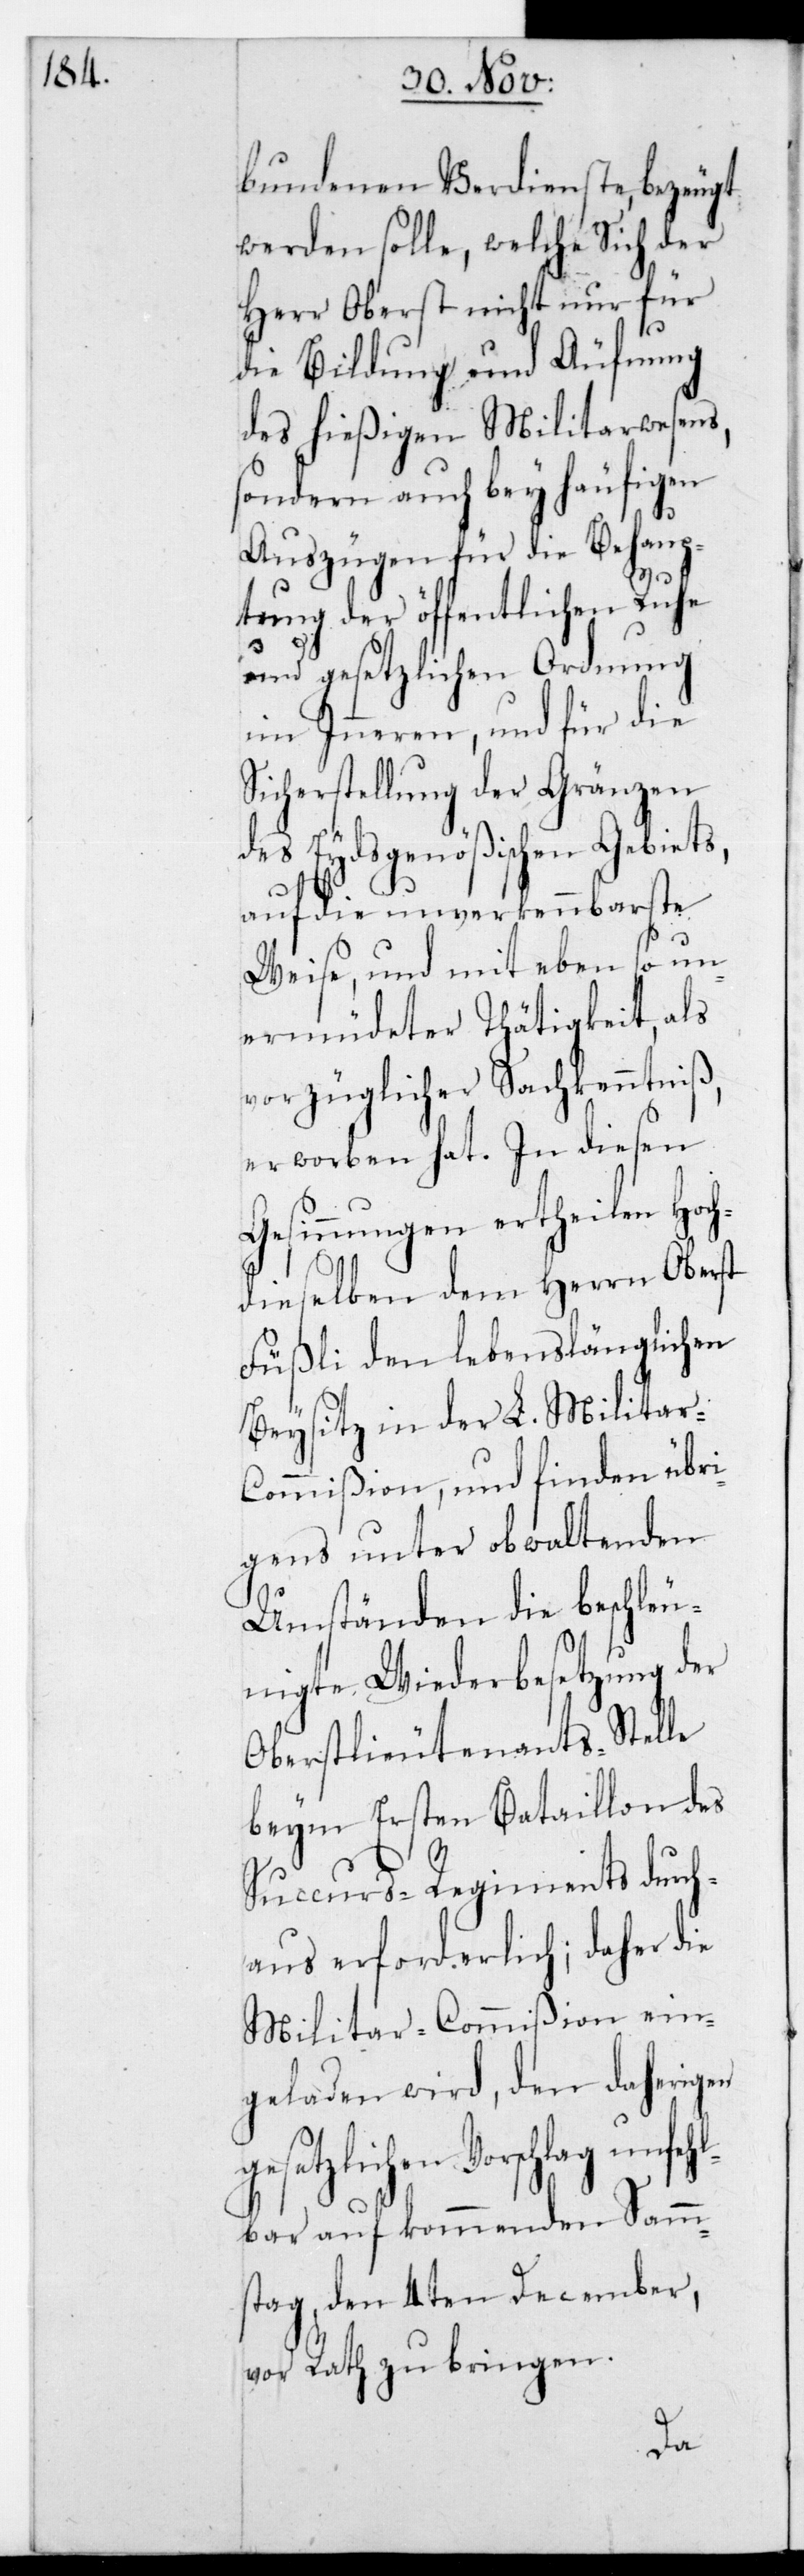
fehl¬

bundenen Verdienste bezeugt
werden solle, welche sich der
Herr Oberst nicht nur für
die Bildung und Äufnung
des hießigen Miltärwesens,
sondern auch bey häufigen
Auszügen für die Behaup¬
tung der öffentlichen Ruhe
und gesetzlichen Ordnung
im Inneren, und für die
Sicherstellung der Gränzen
des Eydsgenößischen Gebiets,
auf die unverkennbarste
Weise, und mit ebenso un¬
ermüdeter thätigkeit, als
vorzüglicher Sachkenntniß
erworben hat. In diesen
Gesinnungen ertheilen Hoch¬
dieselben dem Herrn Oberst
Füßli den lebenslänglichen
Beysitz in der L. Militar-C¬
ommißion, und finden übri¬
gens unter obwaltenden
Umständen die beschleu¬
nigte Wiederbesetzung der
Oberstlieutenants-Stelle
beym ersten Bataillon des
Succurs-Regiments durch¬
aus erforderlich; daher die
Militar-Commißion ein¬
geladen wird, den daherigen
gesetzlichen Vorschlag un¬
bar auf kommenden Samm¬
stag den 4ten December
vor Rath zu bringen.